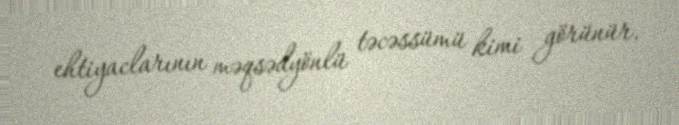
ehtiyaclarının məqsədyönlü təcəssümü kimi görünür.